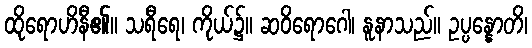
ထိုရောဟိနီ၏။ သရီရေ၊ ကိုယ်၌။ ဆဝိရောဂေါ၊ နူနာသည်။ ဥပ္ပန္နောတိ၊